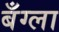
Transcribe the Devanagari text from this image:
बँग्ला